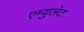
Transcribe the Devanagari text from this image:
एम्युलेट